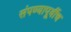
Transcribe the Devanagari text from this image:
संपण्यापूर्वीच